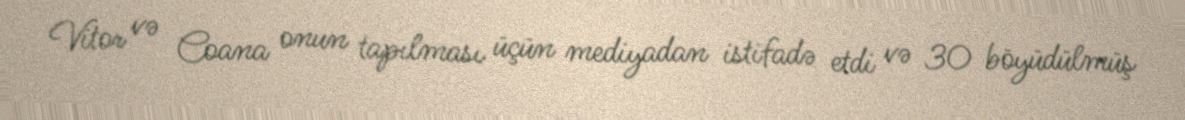
Vitor və Coana onun tapılması üçün mediyadan istifadə etdi və 30 böyüdülmüş